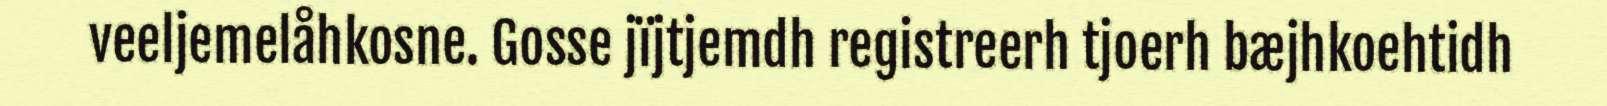
veeljemelåhkosne. Gosse jïjtjemdh registreerh tjoerh bæjhkoehtidh